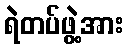
ရဲတပ်ဖွဲ့အား